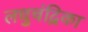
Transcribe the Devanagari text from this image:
लधुचंद्रिका